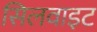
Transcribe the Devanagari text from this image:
सिलवाइट